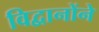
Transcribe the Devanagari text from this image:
विद्वानोंने